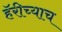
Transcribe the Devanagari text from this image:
हॅरीच्याच